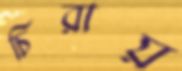
চিরায়